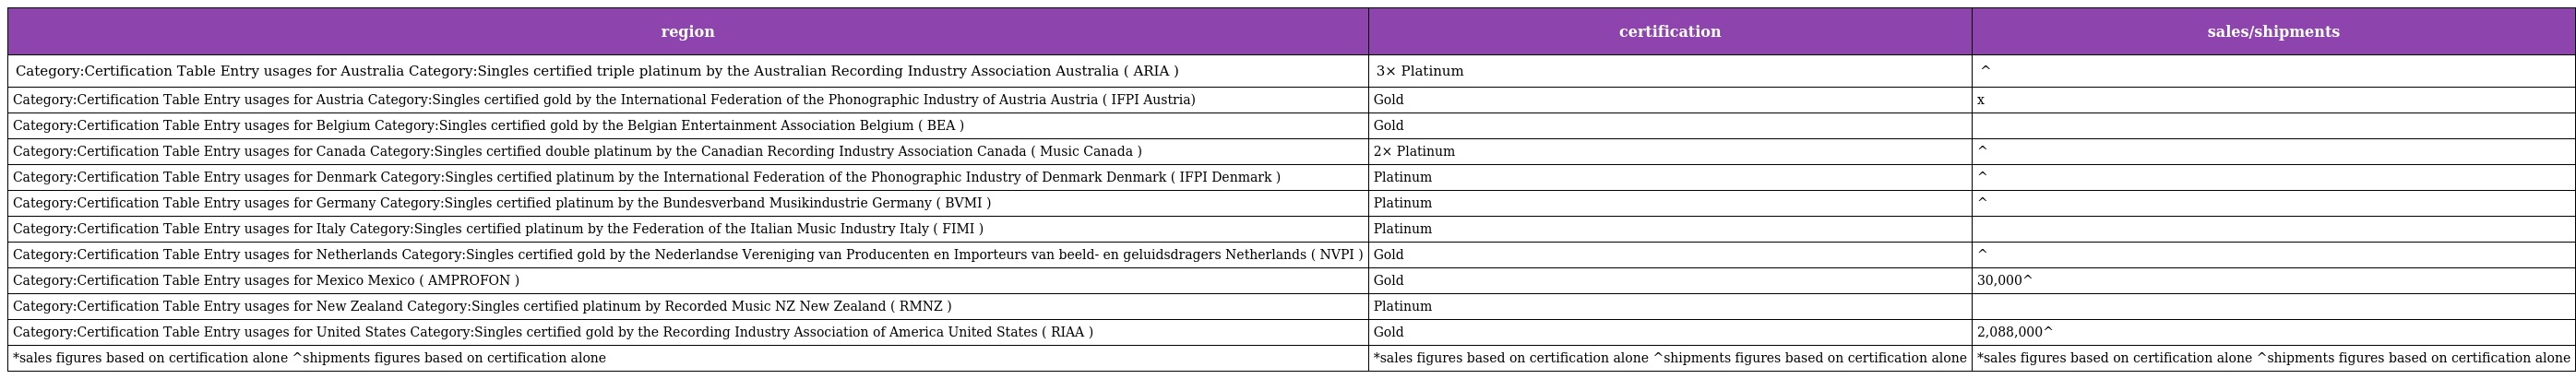
| region | certification | sales/shipments |
 | --- | --- | --- |
 | Category:Certification Table Entry usages for Australia Category:Singles certified triple platinum by the Australian Recording Industry Association Australia ( ARIA ) | 3× Platinum | ^ |
 | Category:Certification Table Entry usages for Austria Category:Singles certified gold by the International Federation of the Phonographic Industry of Austria Austria ( IFPI Austria) | Gold | x |
 | Category:Certification Table Entry usages for Belgium Category:Singles certified gold by the Belgian Entertainment Association Belgium ( BEA ) | Gold |  |
 | Category:Certification Table Entry usages for Canada Category:Singles certified double platinum by the Canadian Recording Industry Association Canada ( Music Canada ) | 2× Platinum | ^ |
 | Category:Certification Table Entry usages for Denmark Category:Singles certified platinum by the International Federation of the Phonographic Industry of Denmark Denmark ( IFPI Denmark ) | Platinum | ^ |
 | Category:Certification Table Entry usages for Germany Category:Singles certified platinum by the Bundesverband Musikindustrie Germany ( BVMI ) | Platinum | ^ |
 | Category:Certification Table Entry usages for Italy Category:Singles certified platinum by the Federation of the Italian Music Industry Italy ( FIMI ) | Platinum |  |
 | Category:Certification Table Entry usages for Netherlands Category:Singles certified gold by the Nederlandse Vereniging van Producenten en Importeurs van beeld- en geluidsdragers Netherlands ( NVPI ) | Gold | ^ |
 | Category:Certification Table Entry usages for Mexico Mexico ( AMPROFON ) | Gold | 30,000^ |
 | Category:Certification Table Entry usages for New Zealand Category:Singles certified platinum by Recorded Music NZ New Zealand ( RMNZ ) | Platinum |  |
 | Category:Certification Table Entry usages for United States Category:Singles certified gold by the Recording Industry Association of America United States ( RIAA ) | Gold | 2,088,000^ |
 | *sales figures based on certification alone ^shipments figures based on certification alone | *sales figures based on certification alone ^shipments figures based on certification alone | *sales figures based on certification alone ^shipments figures based on certification alone |